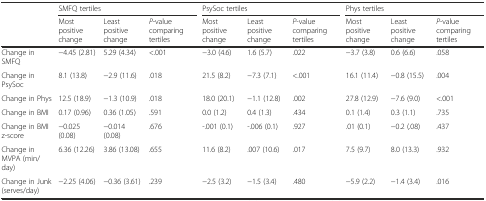
<table><thead><tr><td></td><td colspan="3"><b>SMFQ tertiles</b></td><td colspan="3"><b>PsySoc tertiles</b></td><td colspan="3"><b>Phys tertiles</b></td></tr><tr><td></td><td><b>Most positive change</b></td><td><b>Least positive change</b></td><td><b><i>P</i>-value comparing tertiles</b></td><td><b>Most positive change</b></td><td><b>Least positive change</b></td><td><b><i>P</i>-value comparing tertiles</b></td><td><b>Most positive change</b></td><td><b>Least positive change</b></td><td><b><i>P</i>-value comparing tertiles</b></td></tr></thead><tbody><tr><td>Change in SMFQ</td><td>−4.45 (2.81)</td><td>5.29 (4.34)</td><td>&lt;.001</td><td>−3.0 (4.6)</td><td>1.6 (5.7)</td><td>.022</td><td>−3.7 (3.8)</td><td>0.6 (6.6)</td><td>.058</td></tr><tr><td>Change in PsySoc</td><td>8.1 (13.8)</td><td>−2.9 (11.6)</td><td>.018</td><td>21.5 (8.2)</td><td>−7.3 (7.1)</td><td>&lt;.001</td><td>16.1 (11.4)</td><td>−0.8 (15.5)</td><td>.004</td></tr><tr><td>Change in Phys</td><td>12.5 (18.9)</td><td>−1.3 (10.9)</td><td>.018</td><td>18.0 (20.1)</td><td>−1.1 (12.8)</td><td>.002</td><td>27.8 (12.9)</td><td>−7.6 (9.0)</td><td>&lt;.001</td></tr><tr><td>Change in BMI</td><td>0.17 (0.96)</td><td>0.36 (1.05)</td><td>.591</td><td>0.0 (1.2)</td><td>0.4 (1.3)</td><td>.434</td><td>0.1 (1.4)</td><td>0.3 (1.1)</td><td>.735</td></tr><tr><td>Change in BMI z-score</td><td>−0.025 (0.08)</td><td>−0.014 (0.08)</td><td>.676</td><td>-.001 (0.1)</td><td>-.006 (0.1)</td><td>.927</td><td>.01 (0.1)</td><td>−0.2 (.08)</td><td>.437</td></tr><tr><td>Change in MVPA (min/day)</td><td>6.36 (12.26)</td><td>3.86 (13.08)</td><td>.655</td><td>11.6 (8.2)</td><td>.007 (10.6)</td><td>.017</td><td>7.5 (9.7)</td><td>8.0 (13.3)</td><td>.932</td></tr><tr><td>Change in Junk (serves/day)</td><td>−2.25 (4.06)</td><td>−0.36 (3.61)</td><td>.239</td><td>−2.5 (3.2)</td><td>−1.5 (3.4)</td><td>.480</td><td>−5.9 (2.2)</td><td>−1.4 (3.4)</td><td>.016</td></tr></tbody></table>